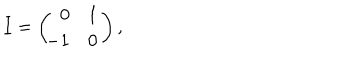
I = \left( \begin{array} { r r } { { 0 } } & { { 1 } } \\ { { \hspace { - 1 e x } - 1 } } & { { 0 } } \\ \end{array} \right) ,